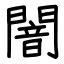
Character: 闇